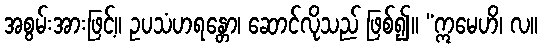
အစွမ်းအားဖြင့်။ ဥပသံဟရန္တော၊ ဆောင်လိုသည် ဖြစ်၍။ “ဣမေဟိ၊ လ။